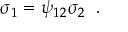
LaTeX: \sigma _ { 1 } = \psi _ { 1 2 } \sigma _ { 2 } \; \; .